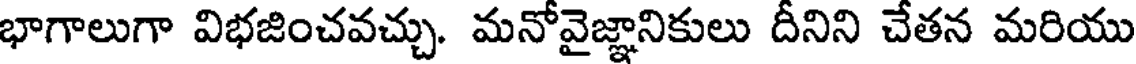
భాగాలుగా విభజించవచ్చు. మనోవైజ్ఞానికులు దీనిని చేతన మరియు